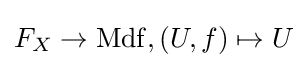
F_{X}\to \mathrm {Mdf} ,(U,f)\mapsto U